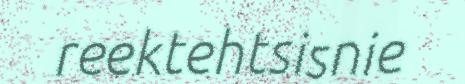
reektehtsisnie